Indian journal of veterinary science and animal husbandry - Volume 11,
Year: 1941
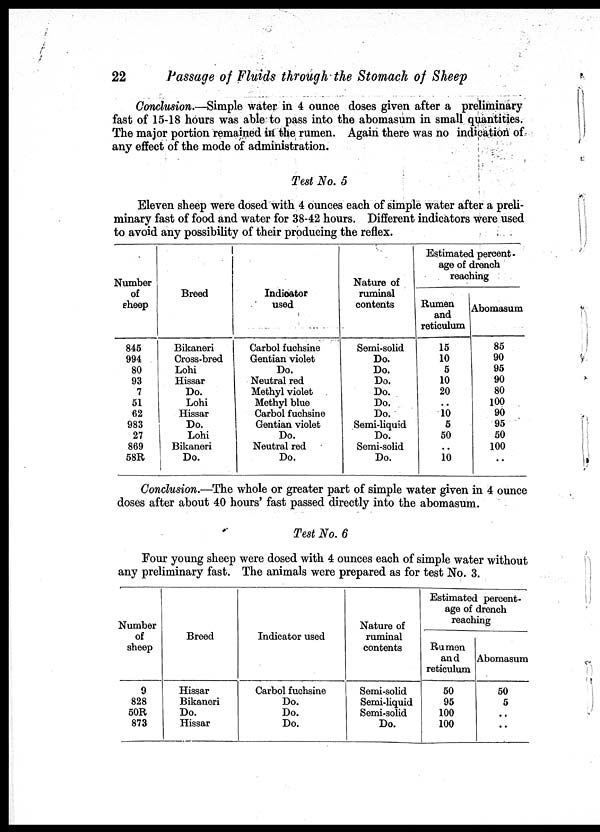
22
Passage of Fluids through the Stomach of Sheep
Conclusion.—Simple water in 4 ounce doses given after a preliminary
fast of 15-18 hours was able to pass into the abomasum in small quantities.
The major portion remained in the rumen. Again there was no indication of
any effect of the mode of administration.
Test No. 5
Eleven sheep were dosed with 4 ounces each of simple water after a preli-
minary fast of food and water for 38-42 hours. Different indicators were used
to avoid any possibility of their producing the reflex.
Number
of
sheep
845
994
80
93
7
51
62
983
27
869
58R
Breed
Bikaneri
Cross-bred
Lohi
Hissar
Do.
Lohi
Hissar
Do.
Lohi
Bikaneri
do.
Indicator
used
Carbol fuchsine
Gentian violet
Do.
Neutral red
Methyl violet
Methyl blue
Carbol fuchsine
Gentian violet
Do.
Neutral red
Do.
Nature of
nominal
contents
Semi-solid
Do.
Do.
Do.
Do.
Do.
Do.
Semi-liquid
Do.
Semi-solid
Do.
Estimated percent-
age of drench
reaching
Rumen
and
reticulum
15
10
5
10
20
..
10
5
50
..
10
Abomasum
85
90
95
90
80
100
90
95
50
100
..
Conclusion.—The whole or greater part of simple water given in 4 ounce
doses after about 40 hours' fast passed directly into the abomasum.
Test No. 6
Four young sheep were dosed with 4 ounces each of simple water without
any preliminary fast. The animals were prepared as for test No. 3.
Number
of
sheep
9
828
50R
873
Breed
Hissar
Bikaneri
Do.
Hissar
Indicator used
Carbol fuchsine
Do.
Do.
Do.
Nature of
ruminal
contents
Semi-solid
Semi-liquid
Semi-solid
Do.
Estimated percent-
age of drench
reaching
Rumen
and
reticulum
50
95
100
100
Abomasum
50
5
..
..